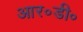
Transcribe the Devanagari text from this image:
आर॰डी॰